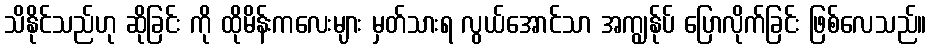
သိနိုင်သည်ဟု ဆိုခြင်း ကို ထိုမိန်းကလေးများ မှတ်သားရ လွယ်အောင်သာ အကျွန်ုပ် ပြောလိုက်ခြင်း ဖြစ်လေသည်။